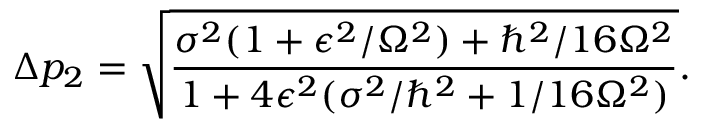
\Delta p _ { 2 } = { \sqrt { \frac { \sigma ^ { 2 } ( 1 + \epsilon ^ { 2 } / \Omega ^ { 2 } ) + \hbar ^ { 2 } / 1 6 \Omega ^ { 2 } } { 1 + 4 \epsilon ^ { 2 } ( \sigma ^ { 2 } / \hbar ^ { 2 } + 1 / 1 6 \Omega ^ { 2 } ) } } } .